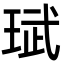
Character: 珷